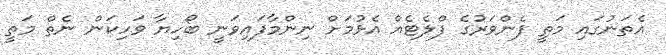
އެތަނުގައި މަތީ ފެންވަރުގެ ފްލެޓެއް އެޅުމަށް ނިންމާފައިވަނީ ބޯހިޔާ ވަހިކަން ނެތް މަތީ